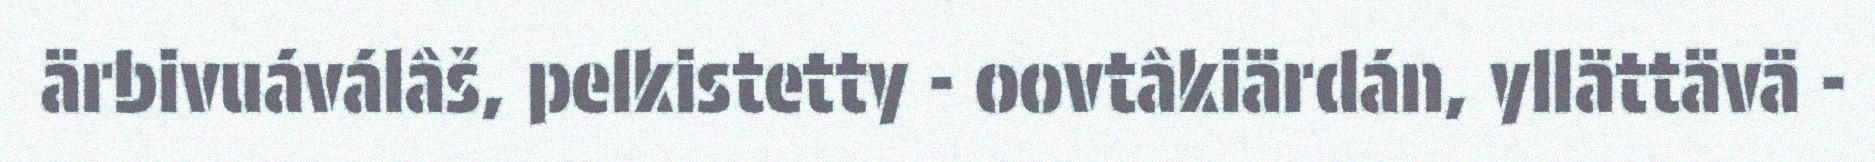
ärbivuáválâš, pelkistetty - oovtâkiärdán, yllättävä -